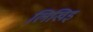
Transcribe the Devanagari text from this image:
लिखिइ